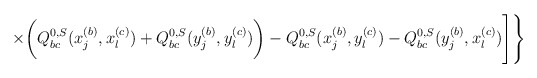
\begin{align*}\times\bigg(Q_{bc}^{0,S}(x_j^{(b)},x_l^{(c)})+Q_{bc}^{0,S}(y_j^{(b)},y_l^{(c)})\bigg)-Q_{bc}^{0,S}(x_j^{(b)},y_l^{(c)})-Q_{bc}^{0,S}(y_j^{(b)},x_l^{(c)}) \Bigg]\Bigg\}\end{align*}